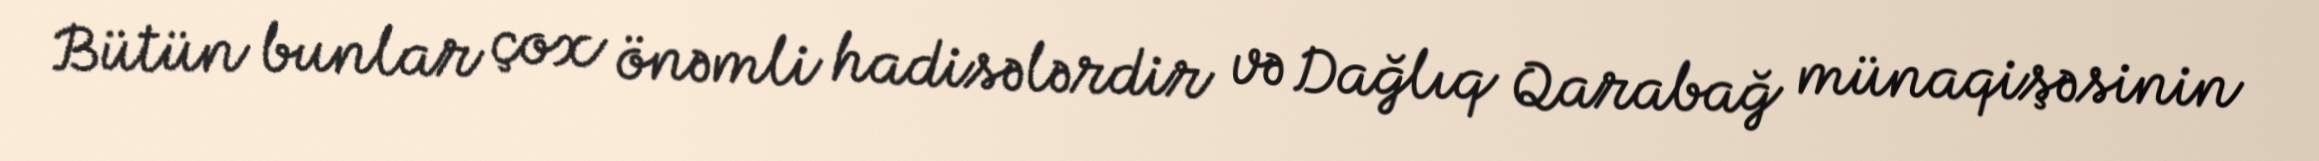
Bütün bunlar çox önəmli hadisələrdir və Dağlıq Qarabağ münaqişəsinin